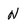
Character: N